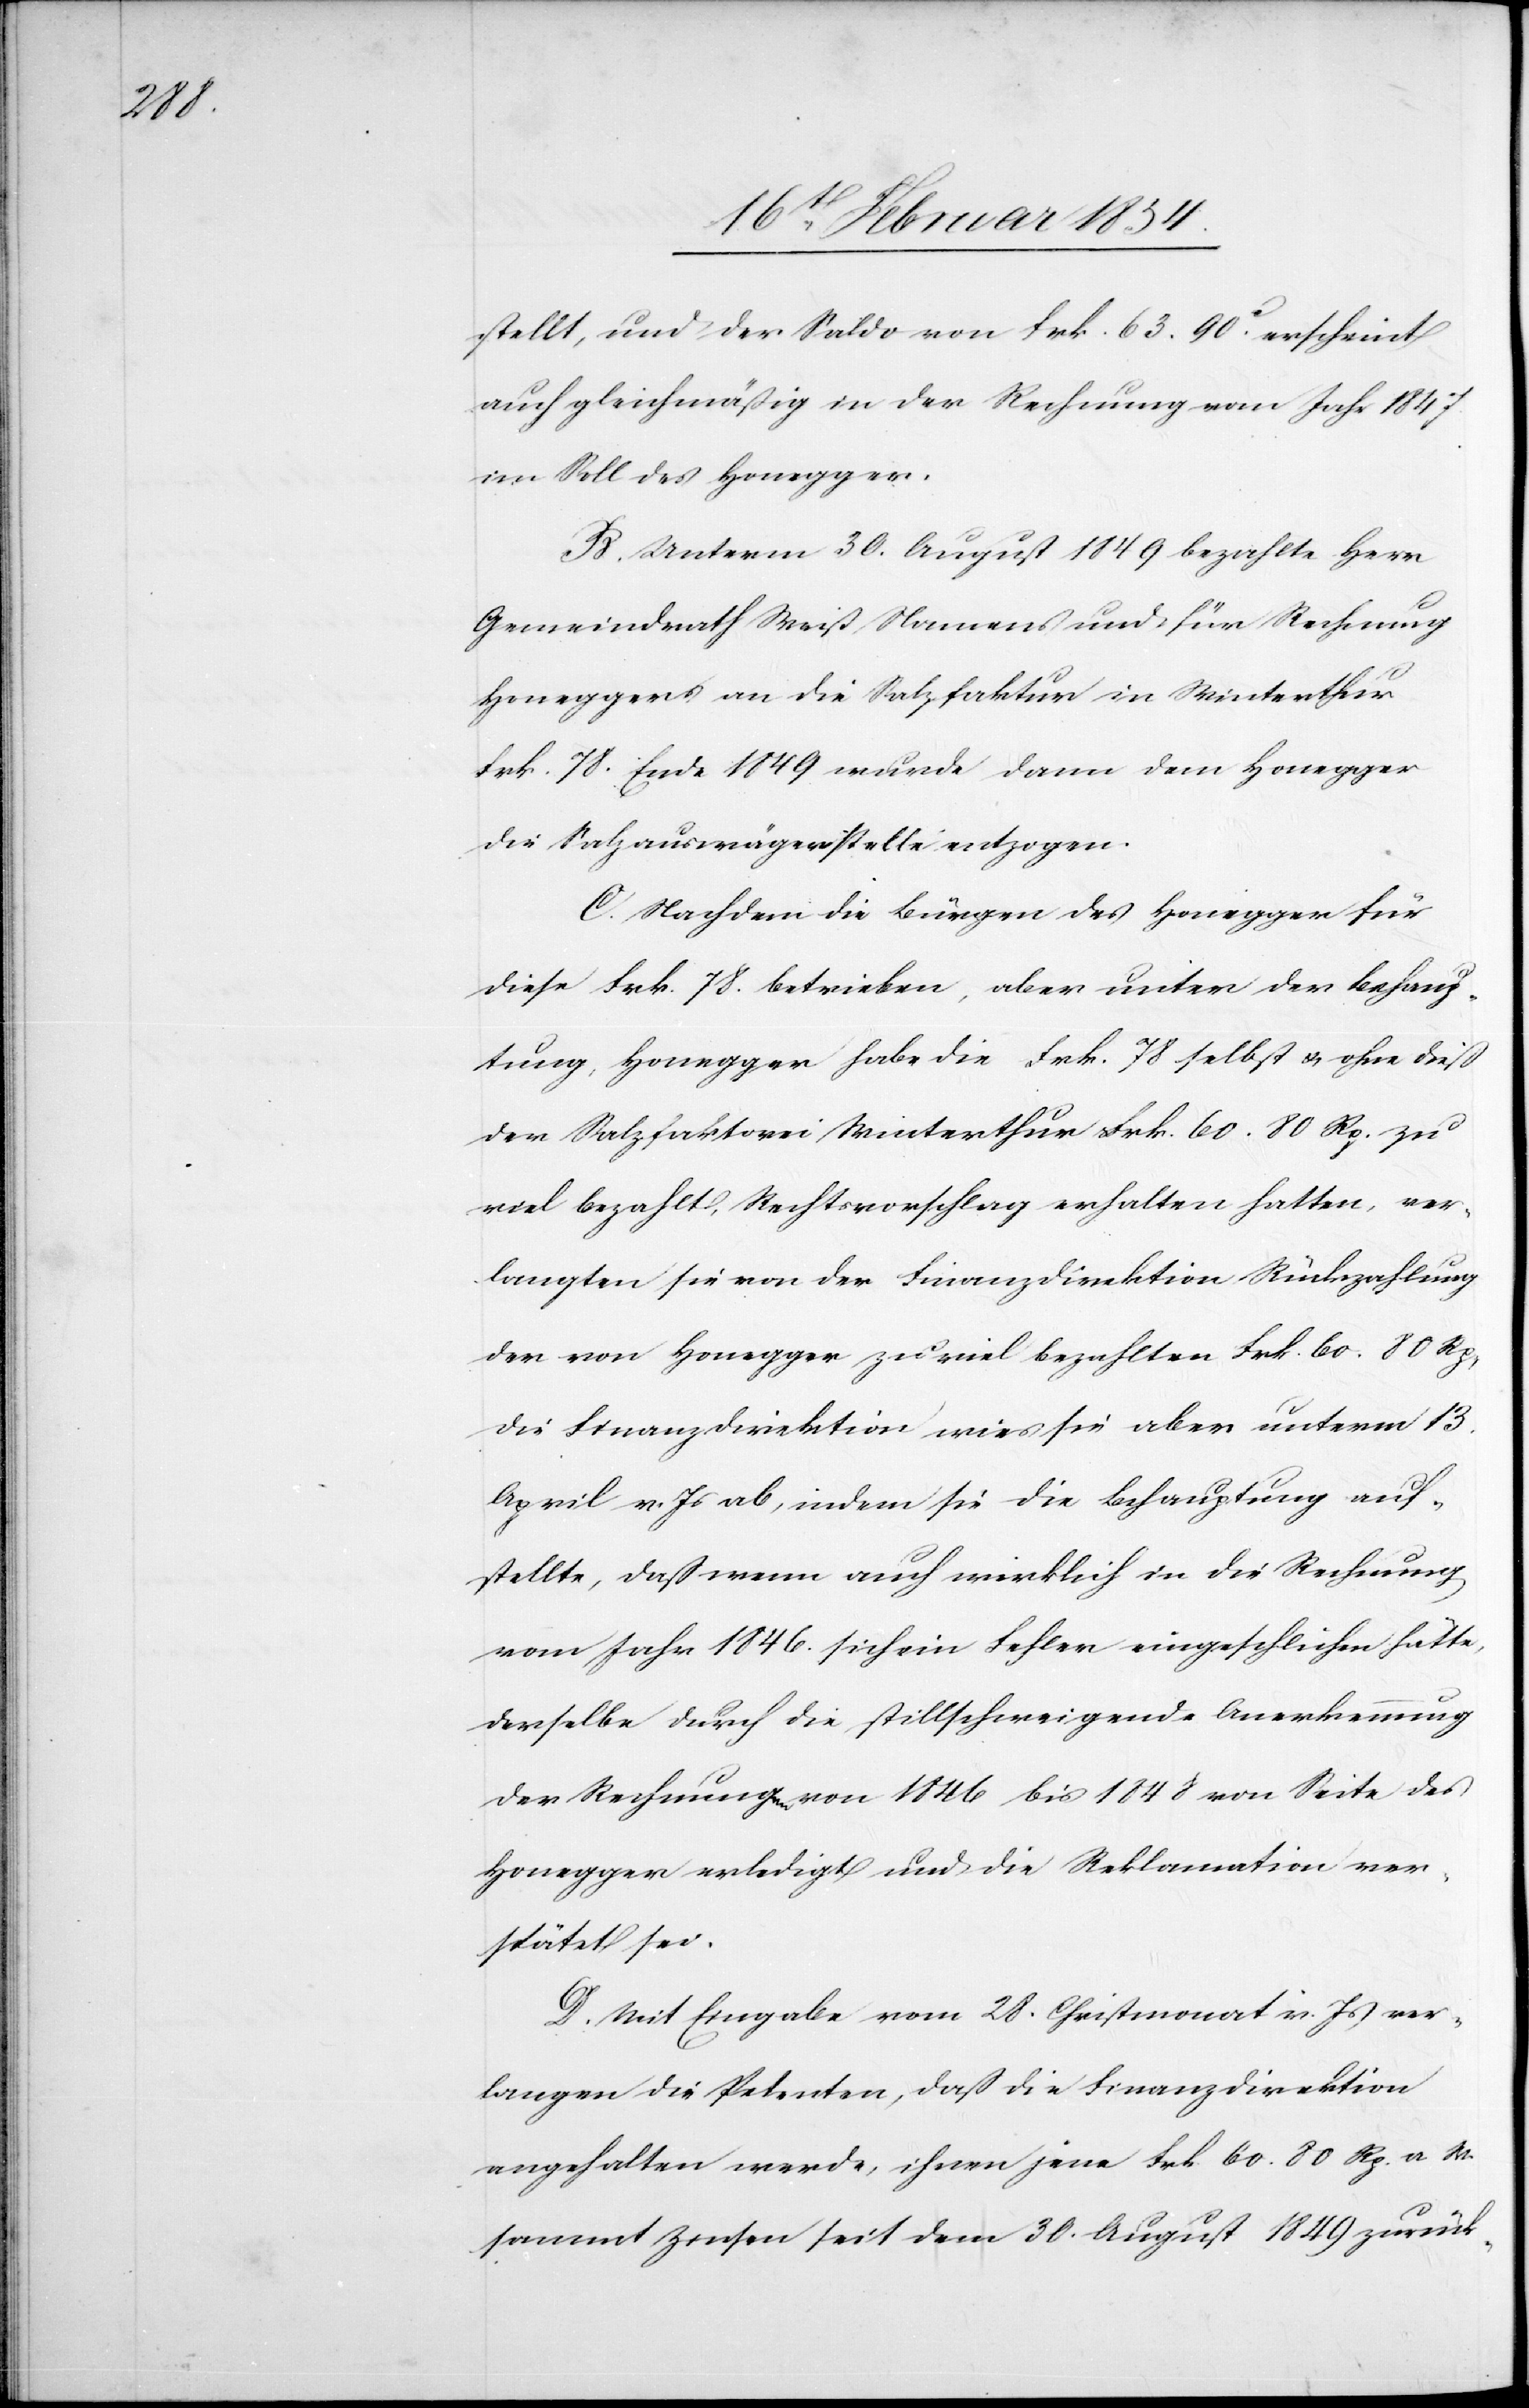
stellt, und der Saldo von Frk. 63.90c erscheint
auf gleichmäßig in der Rechnung vom Jahr 1847
im Soll des Honegger.
B. Unterm 30. August 1849 bezahlte Herr
Gemeindrath Weiß Namens und für Rechnung
Honeggers an die Salzfaktur in Winterthur
Frk. 78. Ende 1849 wurde dann dem Honegger
die Salzauswägerstelle entzogen.
C. Nachdem die Bürgen des Honegger für
diese Frk. 78. betrieben, aber unter der Behaup¬
tung, Honegger habe die Frk. 78 selbst u. ohne dieß
der Salzfaktorei Winterthur Frk. 60.80 Rp. zu
viel bezahlt, Rechtsvorschlag erhalten hatten, ver¬
langten sie von der Finanzdirektion Rückzahlung
der von Honegger zu viel bezahlten Frk. 60.80 Rp.
Die Finanzdirektion wies sie aber unterm 13.
April v. Js ab, indem sie die Behauptung auf¬
stellte, daß wenn auch wirklich in die Rechnung
vom Jahr 1846. sich ein Fehler eingeschlichen hätte,
derselbe durch die stillschweigende Anerkennung
der Rechnung von 1846 bis 1848 von Seite des
Honegger erledigt und die Reklamation ver¬
spätet sei.
D. Mit Eingabe vom 28. Christmonat v. Js ver¬
langen die Petenten, daß die Finanzdirektion
angehalten werde, ihnen jene Frk. 60.80 Rp. a. M.
sammt Zinsen seit dem 30. August 1849 zurück-